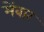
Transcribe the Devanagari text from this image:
मेंबार